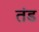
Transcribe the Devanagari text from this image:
तंड